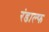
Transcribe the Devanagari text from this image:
रंडाल्फ